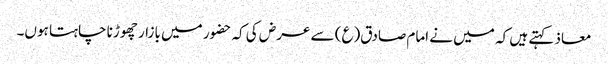
معاذ کہتے ہیں کہ میں نے امام صادق(ع) سے عرض کی کہ حضور میں بازار چھوڑنا چاہتا ہوں۔